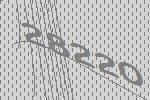
28220